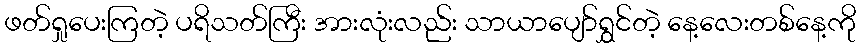
ဖတ်ရှုပေးကြတဲ့ ပရိသတ်ကြီး အားလုံးလည်း သာယာပျော်ရွှင်တဲ့ နေ့လေးတစ်နေ့ကို